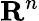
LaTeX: {\mathbf{R}}^{n}